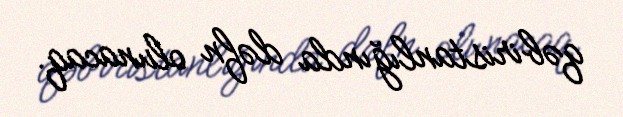
qəbiristanlığında dəfn olunacaq.